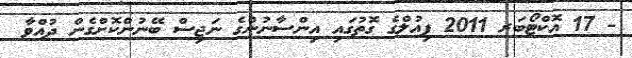
- 17 އޮކްޓޯބަރ 2011 ފިއުލްގެ ގޮތުގައި އިންސާނުންގެ ނަޖިސް ބޭނުންކޮށްގެން ދުއްވާ